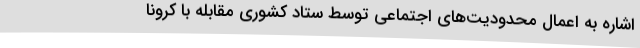
اشاره به اعمال محدودیت‌های اجتماعی توسط ستاد کشوری مقابله با کرونا